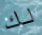
لك